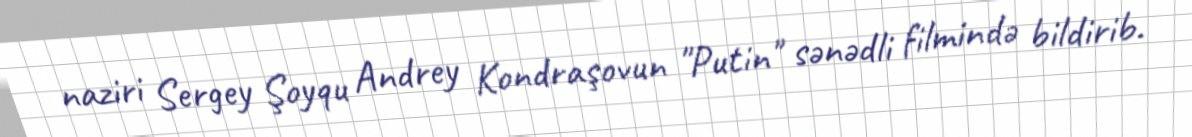
naziri Sergey Şoyqu Andrey Kondraşovun "Putin" sənədli filmində bildirib.